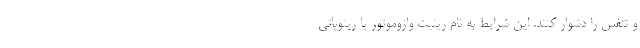
و تنفس را دشوار کنند. این شرایط به نام رینیت وازوموتور یا رینوپاتی